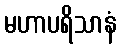
မဟာပရိသာနံ